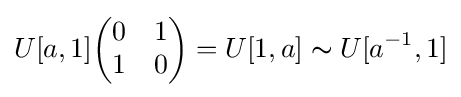
U[a,1]{\begin{pmatrix}0&1\\1&0\end{pmatrix}}=U[1,a]\thicksim U[a^{-1},1]